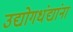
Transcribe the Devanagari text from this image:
उद्योगधंद्यांना